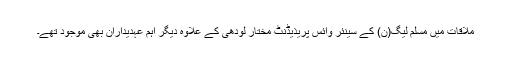
ملاقات میں مسلم لیگ(ن) کے سینئر وائس پریذیڈنٹ مختار لودھی کے علاوہ دیگر اہم عہدیداران بھی موجود تھے۔